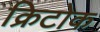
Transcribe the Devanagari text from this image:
क्रिटोक